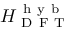
H _ { \mathrm { ~ D ~ F ~ T ~ } } ^ { \mathrm { ~ h ~ y ~ b ~ } }